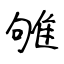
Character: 雊